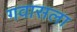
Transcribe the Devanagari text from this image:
गवासला